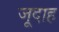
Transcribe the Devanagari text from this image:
जूदाह